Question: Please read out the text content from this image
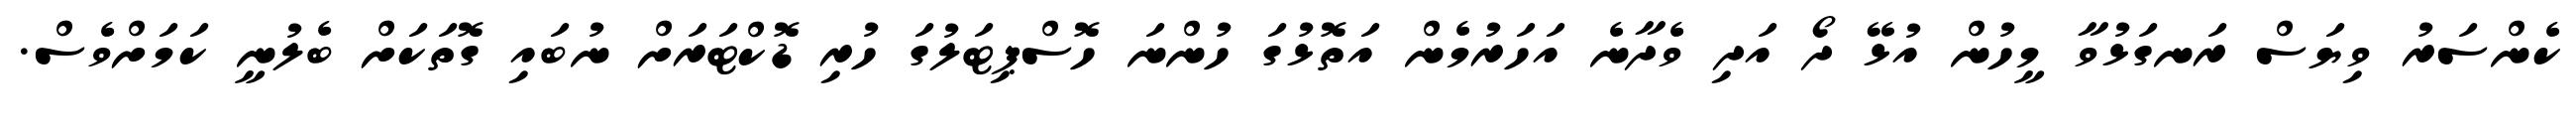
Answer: ކެންސަރު ވިޔަސް ރަނގަޅުވާ މީހުން އުޅޭ ދޯ އަދި ވެދާނެ އަހަރުމެން އަތޮޅުގަ ހުންނަ ހޮސްޕިޓަލުގަ ހުރި ޑޮކްޓަރަށް ނުބައި ގޮތަކަށް ބެލުނީ ކަމަށްވެސް.